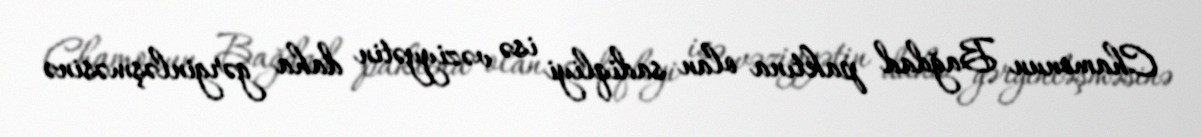
Chamonun Bağdad paktına olan sadiqliyi isə vəziyyətin daha gərginləşməsinə